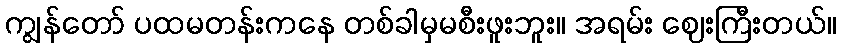
ကျွန်တော် ပထမတန်းကနေ တစ်ခါမှမစီးဖူးဘူး။ အရမ်း ဈေးကြီးတယ်။